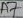
Text: A7